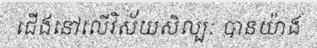
ជើងនៅលើវិស័យសិល្បៈ បានយ៉ាង